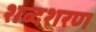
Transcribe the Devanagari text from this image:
शब्दशरण